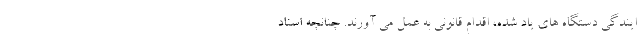
ایندگی دستگاه های یاد شده، اقدام قانونی به عمل می آورند. چنانچه اسناد